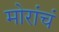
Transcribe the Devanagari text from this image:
मोरांचं